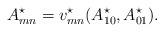
LaTeX: \begin{align*} A^\star_{mn}=v^\star_{mn}( A^\star_{10}, A^\star_{01}).\end{align*}